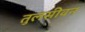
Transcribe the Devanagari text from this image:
तुलसीवन